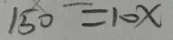
1 5 0 = 1 0 x